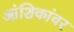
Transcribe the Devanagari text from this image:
आंशिकांवर